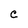
Character: C